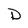
Character: D